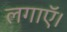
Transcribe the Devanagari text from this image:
लगाऍ।